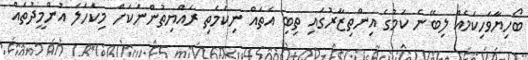
ބޯހިޔާވަހިކަމެއް ލިބޭނެ ކަމުގެ އިންތިޒާރުގައި ތިބި އެތައް ނިކަމެތި ރައްޔިތުންނަކަށް މިކަހަލަ އުންމީދުތައް